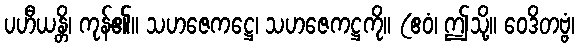
ပဟီယန္တိ၊ ကုန်၏။ သဟဇေကဋ္ဌေ၊ သဟဇေကဋ္ဌကို။ (ဧဝံ၊ ဤသို့။ ဝေဒိတဗ္ဗံ၊